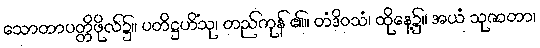
သောတာပတ္တိဖိုလ်၌။ ပတိဋ္ဌဟိံသု၊ တည်ကုန် ၏။ တံဒိဝသံ၊ ထိုနေ့၌။ အယံ သုဇာတာ၊